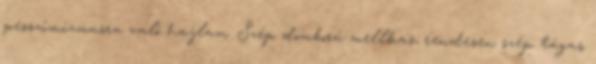
pesszimizmusra való hajlam. Szép domború mellkas, rendesen szép tágas